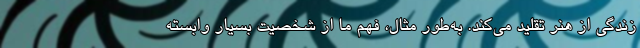
زندگی از هنر تقلید می‌کند. به‌طور مثال، فهم ما از شخصیت بسیار وابسته